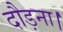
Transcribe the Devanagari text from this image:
दौड़ना।